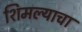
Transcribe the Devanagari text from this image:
शिमल्याचा